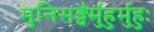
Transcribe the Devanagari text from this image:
मुनिसङ्घैर्मुहुर्मुहुः